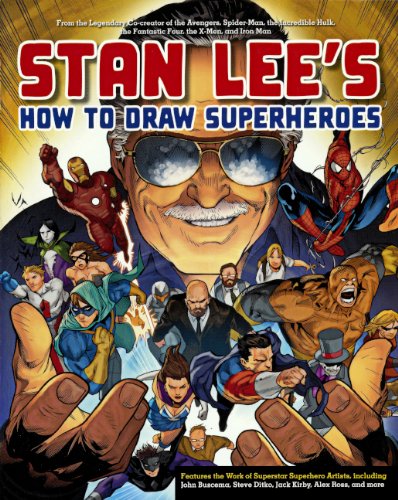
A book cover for Stan Lee's How To Draw Superheroes (Turtleback School & Library Binding Edition); Stan Lee; Comics & Graphic Novels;